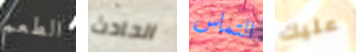
الطعم الحادث التماس عليك